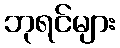
ဘုရင်များ